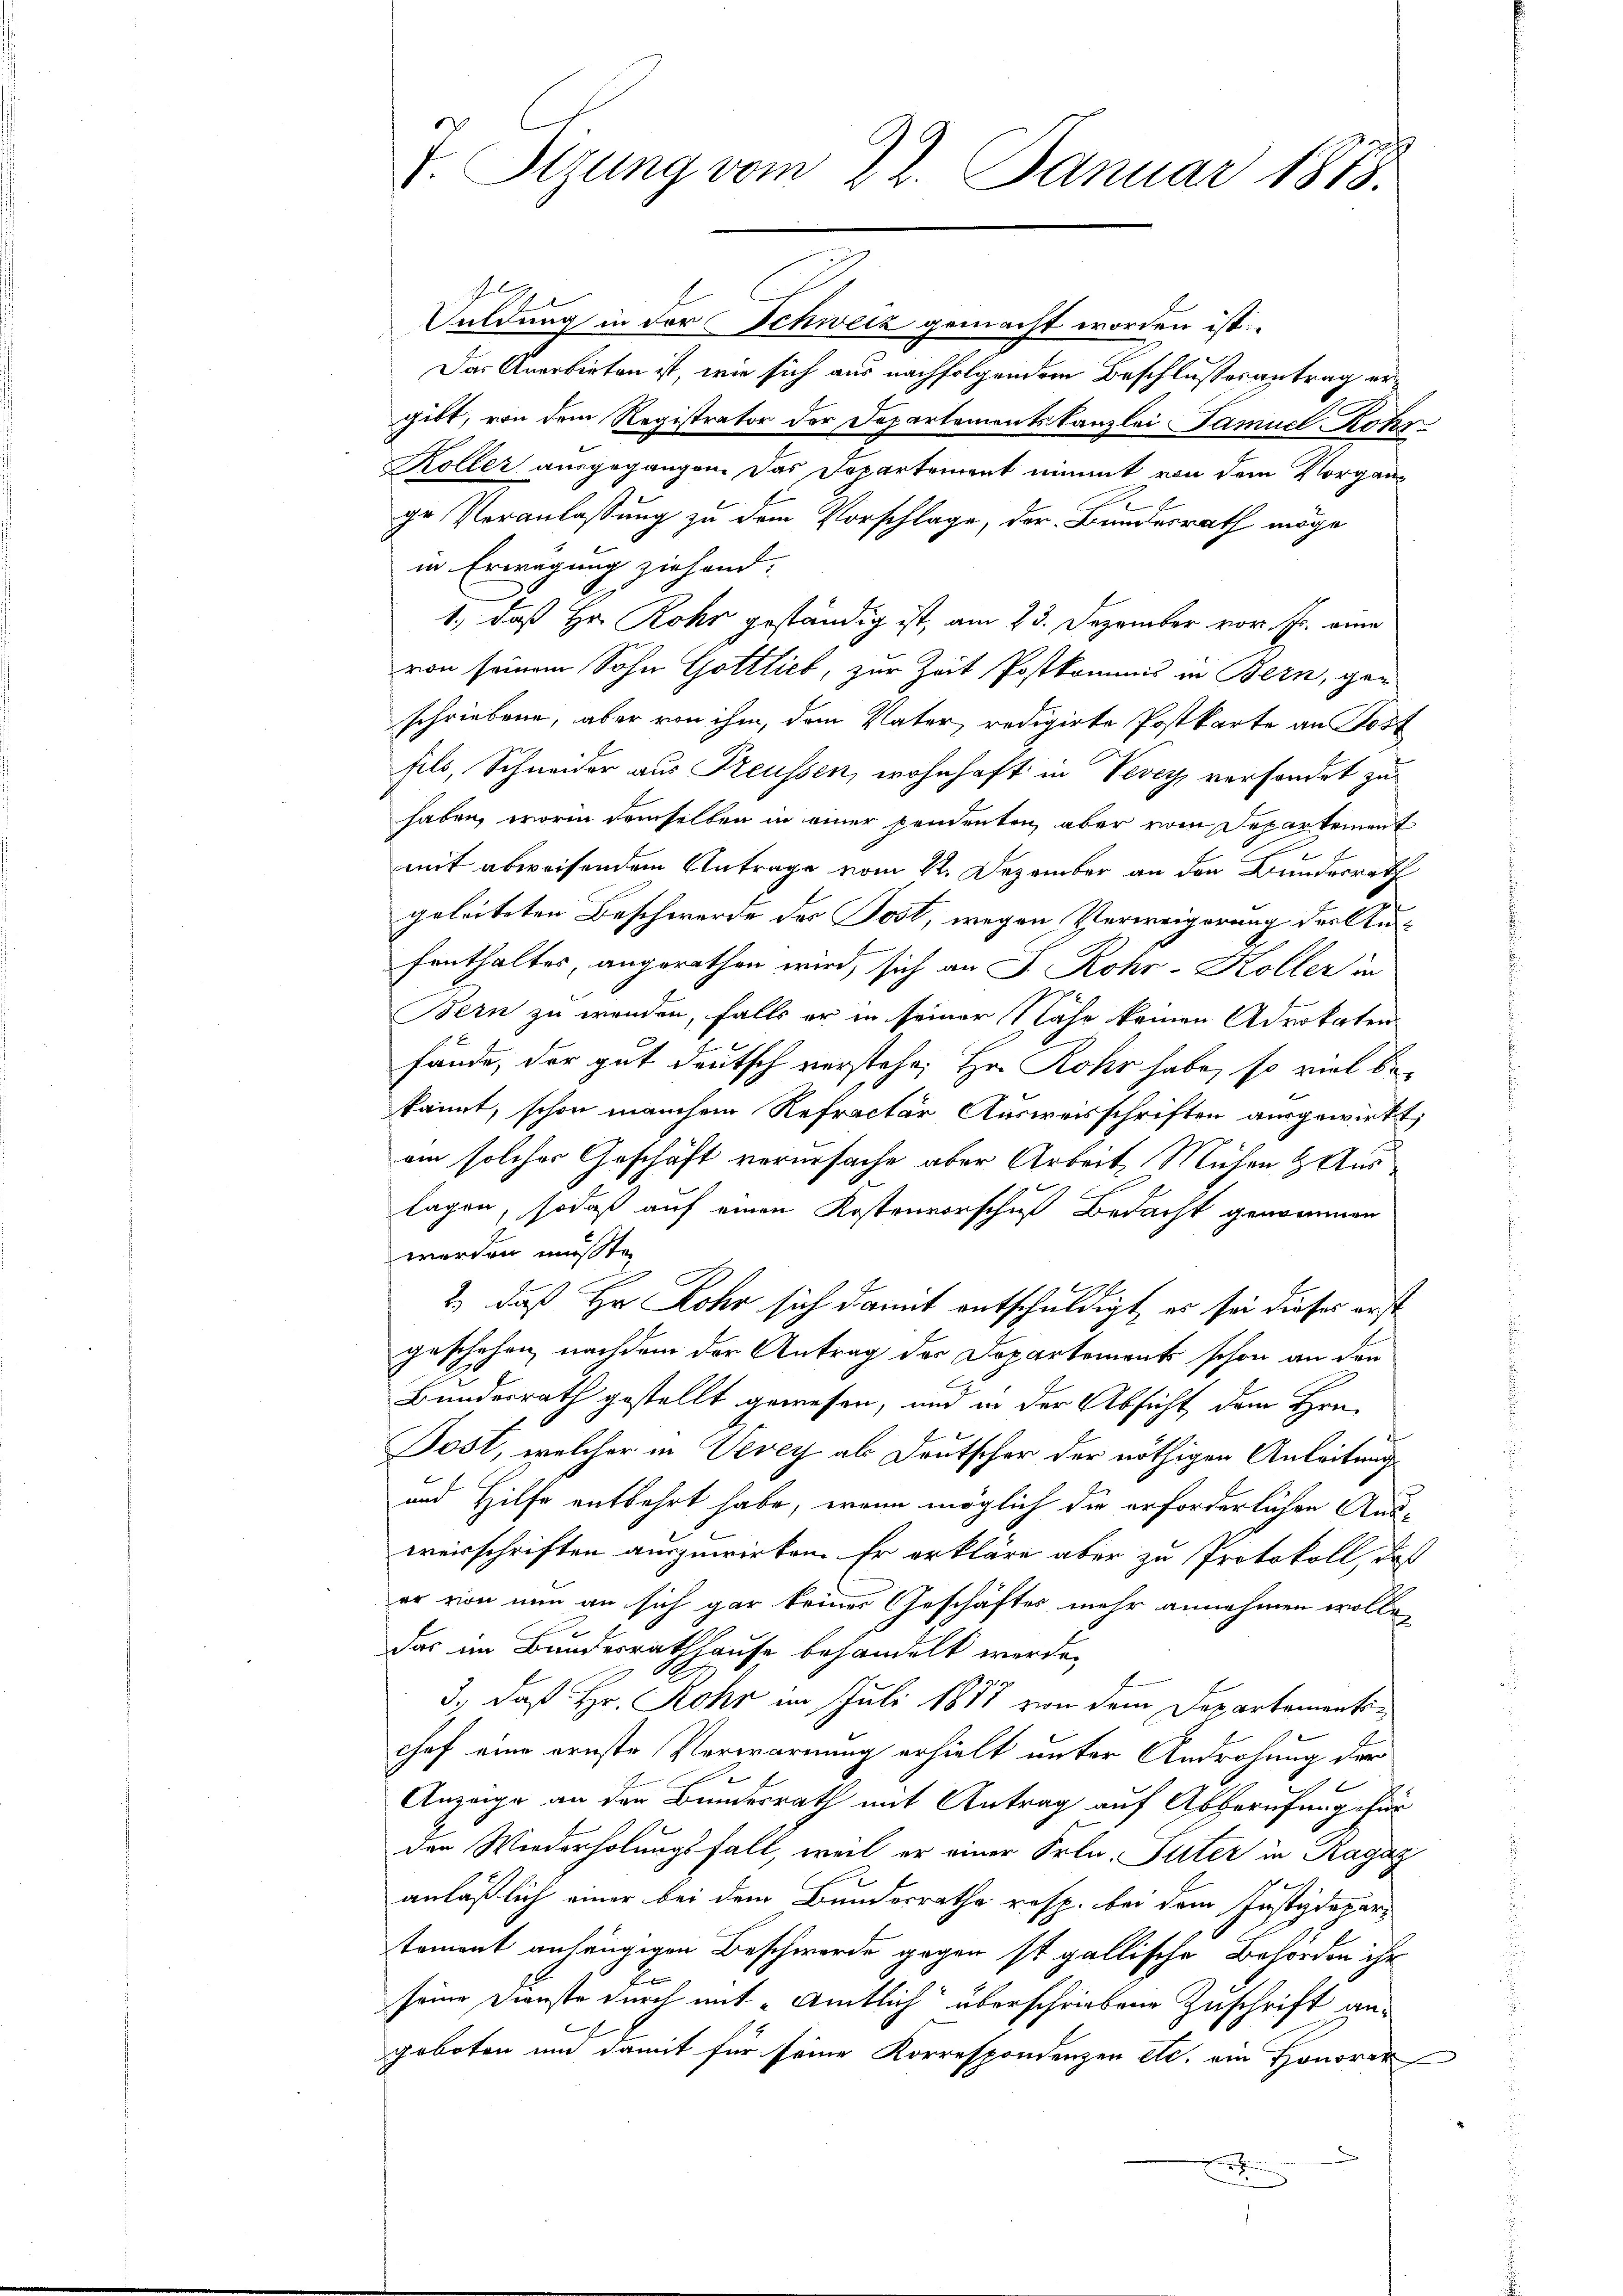
J. Sizung vom 22. Januar 1888.

Duldung in der Schweiz gemacht worden ist.
Das Anerbieten ist, wie sich aus nachfolgendem Beschlussesantrag ergibt, von dem Registrator der Departementskanzlei Famuel Kater
Koller ausgegangen. Das Departement nimmt von dem Vorgange Veranlassung zu dem Vorschlage, der Bundesrath möge
in Erwägung ziehend:
1., daß Hr. Rohr geständig ist, am 23. Dezember vor Fr. eine
von seinem Sohn Gottlieb, zur Zeit Postkommis in Bern, geschriebene, aber von ihm, dem Vater, redigirte Postkarte an Post
fils, Schneider aus Preussen, wohnhaft in Vevey vorfindet zu
haben, worin demselben in einer pendenten aber vom Departement
mit abweisendem Antrage vom 22. Dezember an den Bunderrath
geleiteten Beschwerde des Post, wegen Verweigerung der Ausfenthaltes, angerathen wird, sich an J. Rohr-Koller in
Bern zu werden, falls er in seiner Nähe keinen Advokaten
fände, der gut deutsch verstehe; Hr. Rohr habe, so viel bekannt, schon manchem Refracter Ausweisschriften ausgewirkt,
am solches Geschäft verursache aber Arbeit, Mühen & Aus
lagen, sodaß auf einen Kostenvorschuß Bedacht genommen
werden musste,
2
2., daß Hr. Rohr sich damit entschuldigt, es sei dieses erst
geschehen, nachdem der Antrag der Departements schon an den
Bundesrath gestellt gewesen, und in der Absicht dem Hrn.
Post, welcher in Vevey als Deutscher der nöthigen Anleitung
und Hilfe entbehrt habe, wenn möglich die erforderlichen Ausweisschriften auszuwirken. Er erkläre aber zu Protokoll, daß
er von nun an sich gar keines Geschäftes mehr annehmen wolle,
2
das im Bundesrathhause behandelt werde,
3., daß Hr. Rohr im Juli 1887 von dem Departementichof eine ernste Verwarnung erhielt unter Androhung der
x
s
Anzeige an der Bundesrath mit Antrag auf Abgerufung für
den Wiederholungsfall, weil er einer Frln. Suter in Ragaz
anläßlich einer bei dem Bundesrathe resp. bei dem Justizdepartement anhängigen Beschwerde gegen ist gallische Behörden ihr
2
seine Dienste durch mit „Amtlich überschriebene Zuschrift an¬

geboten um damit für seine Korrespondenzen etc. ein Honorar
x